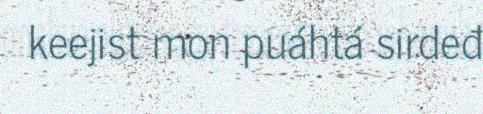
keejist mon puáhtá sirdeđ